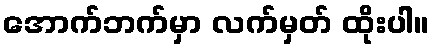
အောက်ဘက်မှာ လက်မှတ် ထိုးပါ။